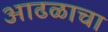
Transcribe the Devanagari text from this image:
आढळाचा